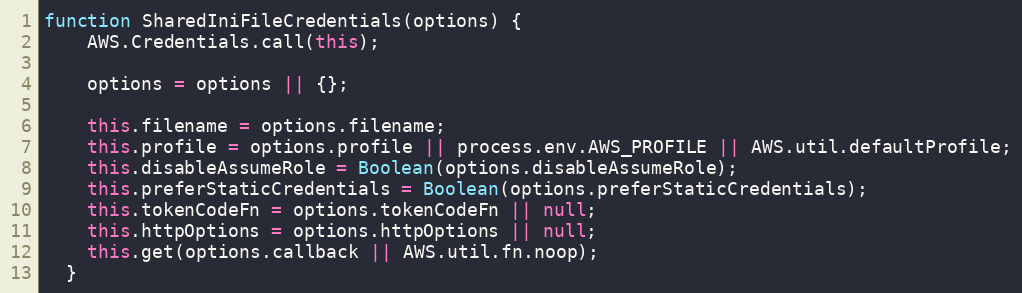
Language: JavaScript
function SharedIniFileCredentials(options) {
    AWS.Credentials.call(this);

    options = options || {};

    this.filename = options.filename;
    this.profile = options.profile || process.env.AWS_PROFILE || AWS.util.defaultProfile;
    this.disableAssumeRole = Boolean(options.disableAssumeRole);
    this.preferStaticCredentials = Boolean(options.preferStaticCredentials);
    this.tokenCodeFn = options.tokenCodeFn || null;
    this.httpOptions = options.httpOptions || null;
    this.get(options.callback || AWS.util.fn.noop);
  }